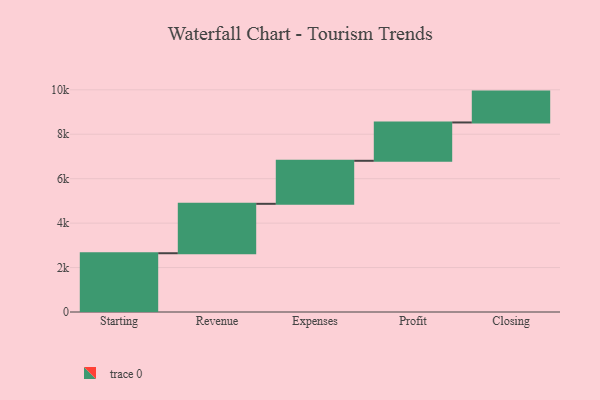
{"axis": {"x": "Step", "y": "Value"}, "legend": [""], "data": [{"x": "Starting", "y": 2645.0, "type": ""}, {"x": "Revenue", "y": 2224.0, "type": ""}, {"x": "Expenses", "y": 1937.0, "type": ""}, {"x": "Profit", "y": 1725.0, "type": ""}, {"x": "Closing", "y": 1389.0, "type": ""}]}